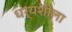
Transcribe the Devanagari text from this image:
धर्यशीला